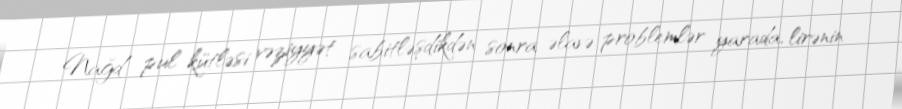
Nağd pul kütləsi vəziyyət sabitləşdikdən sonra əlavə problemlər yarada, lirənin